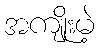
အကျိုးမဲ့